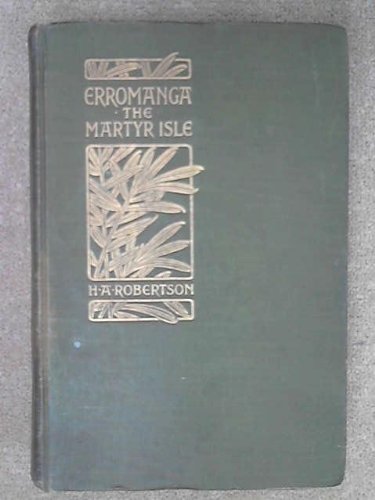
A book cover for Erromanga, the martyr isle,; H. A Robertson; Travel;